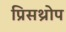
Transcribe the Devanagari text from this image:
प्रिसथ्रोप